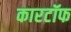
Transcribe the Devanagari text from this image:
कारटॉफ